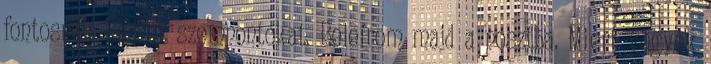
fontosnak tartott szempontokat. Beleírom majd a posztba. Miért vegyek